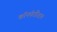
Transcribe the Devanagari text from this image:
कॉनफॅडॅरेशन